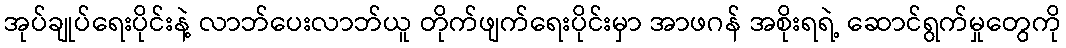
အုပ်ချုပ်ရေးပိုင်းနဲ့ လာဘ်ပေးလာဘ်ယူ တိုက်ဖျက်ရေးပိုင်းမှာ အာဖဂန် အစိုးရရဲ့ ဆောင်ရွက်မှုတွေကို